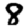
Digit: 8